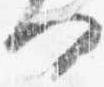
何